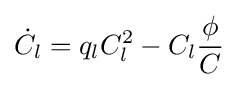
{\dot {C_{l}}}=q_{l}C_{l}^{2}-C_{l}{\frac {\phi }{C}}